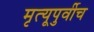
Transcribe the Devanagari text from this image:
मृत्यूपुर्वीच